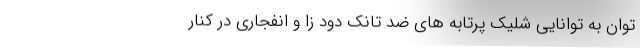
توان به توانایی شلیک پرتابه های ضد تانک دود زا و انفجاری در کنار